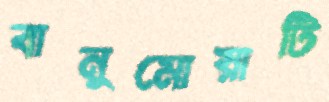
বানুমোয়াটি